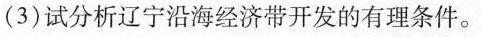
(3)试分析辽宁沿海经济带开发的有理条件。